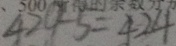
4 2 9 - 5 = 4 2 4